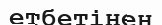
етбетінен